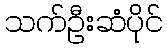
သက်ဦးဆံပိုင်